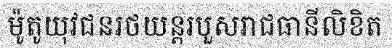
ម៉ូតូយុវជនរថយន្តរបួសរាជធានីលិខិត